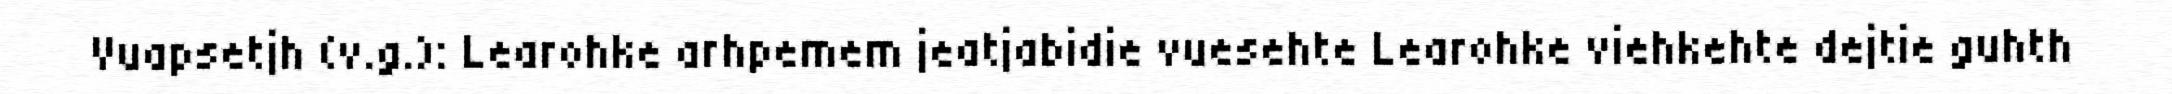
Vuapsetjh (v.g.): Learohke arhpemem jeatjabidie vuesehte Learohke viehkehte dejtie guhth